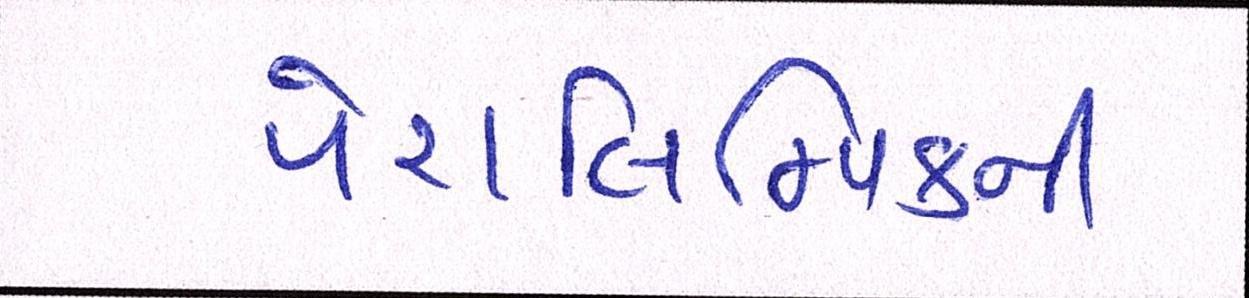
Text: પેરાલિમ્પિકની